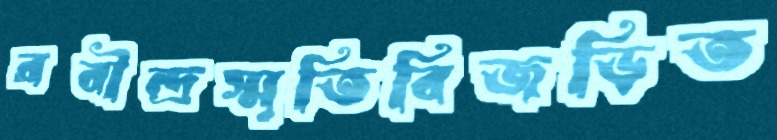
রবীন্দ্রস্মৃতিবিজড়িত